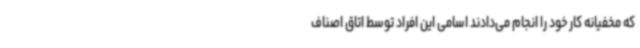
که مخفیانه کار خود را انجام می‌دادند اسامی این افراد توسط اتاق اصناف